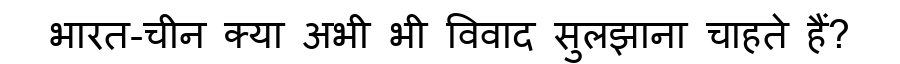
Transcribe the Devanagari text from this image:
भारत-चीन क्या अभी भी विवाद सुलझाना चाहते हैं?